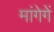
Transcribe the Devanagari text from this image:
मांगेगें